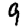
Digit: 9